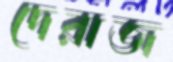
দেরাজ